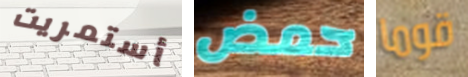
أستمريت حمض قوما